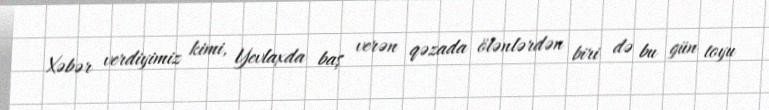
Xəbər verdiyimiz kimi, Yevlaxda baş verən qəzada ölənlərdən biri də bu gün toyu